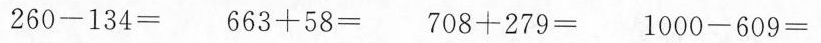
$$2 6 0 - 1 3 4 =$$ $$6 6 3 + 5 8 =$$